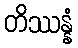
တိဿန္နံ